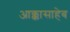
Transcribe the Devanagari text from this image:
आक्कासाहेब